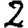
Digit: 2